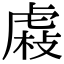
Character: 𧇆